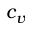
c _ { v }